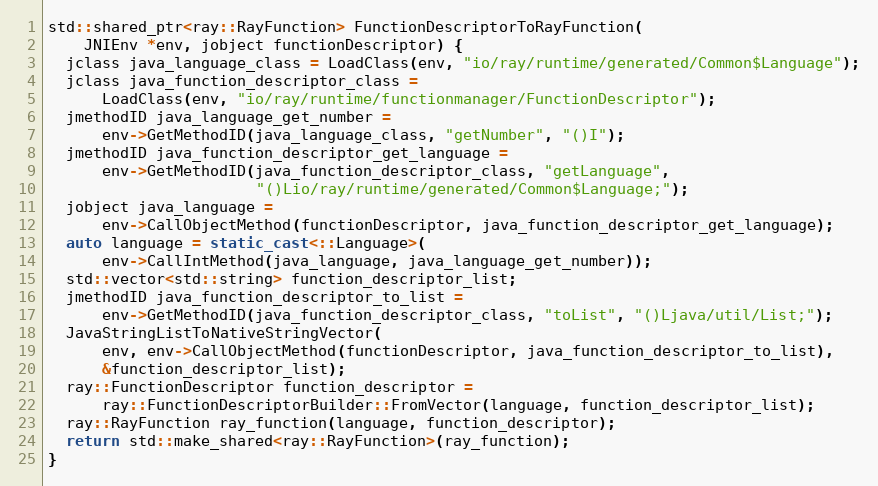
Language: C++
std::shared_ptr<ray::RayFunction> FunctionDescriptorToRayFunction(
    JNIEnv *env, jobject functionDescriptor) {
  jclass java_language_class = LoadClass(env, "io/ray/runtime/generated/Common$Language");
  jclass java_function_descriptor_class =
      LoadClass(env, "io/ray/runtime/functionmanager/FunctionDescriptor");
  jmethodID java_language_get_number =
      env->GetMethodID(java_language_class, "getNumber", "()I");
  jmethodID java_function_descriptor_get_language =
      env->GetMethodID(java_function_descriptor_class, "getLanguage",
                       "()Lio/ray/runtime/generated/Common$Language;");
  jobject java_language =
      env->CallObjectMethod(functionDescriptor, java_function_descriptor_get_language);
  auto language = static_cast<::Language>(
      env->CallIntMethod(java_language, java_language_get_number));
  std::vector<std::string> function_descriptor_list;
  jmethodID java_function_descriptor_to_list =
      env->GetMethodID(java_function_descriptor_class, "toList", "()Ljava/util/List;");
  JavaStringListToNativeStringVector(
      env, env->CallObjectMethod(functionDescriptor, java_function_descriptor_to_list),
      &function_descriptor_list);
  ray::FunctionDescriptor function_descriptor =
      ray::FunctionDescriptorBuilder::FromVector(language, function_descriptor_list);
  ray::RayFunction ray_function(language, function_descriptor);
  return std::make_shared<ray::RayFunction>(ray_function);
}